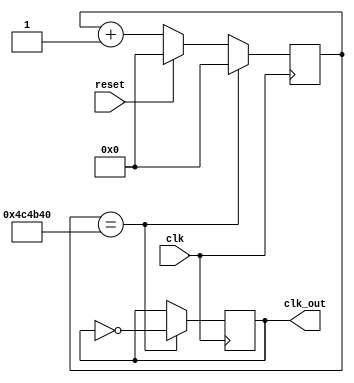
`timescale 1ns / 1ps

module clkdiv(
    input clk,
    input reset,
    output reg clk_out
    );
    
    // Initialize count register
    // Be sure to change the width of the counter
    // between simulation and on-board implementation
    reg [24:0] count = 0;
    
    //Use this line if you want to use bitmasking to create your divider.
    //assign clk_out = count[2];
    initial clk_out = 0;
    always @(posedge clk) begin
        if(reset) count <= 0;
        else count <= count + 1;
        
        //n*(10*10^-9) = 50*10^-3
        if(count == 5000000) begin
        count <= 0;
        clk_out <= ~clk_out;
        end
    end
endmodule